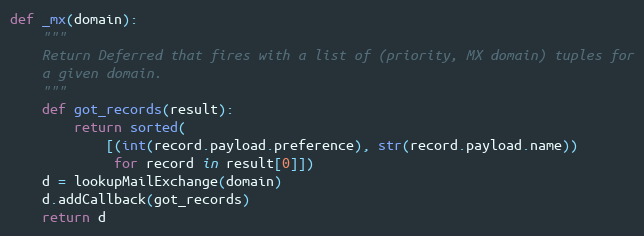
Language: Python
def _mx(domain):
    """
    Return Deferred that fires with a list of (priority, MX domain) tuples for
    a given domain.
    """
    def got_records(result):
        return sorted(
            [(int(record.payload.preference), str(record.payload.name))
             for record in result[0]])
    d = lookupMailExchange(domain)
    d.addCallback(got_records)
    return d